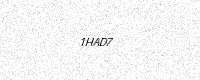
Text: 1HAD7